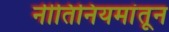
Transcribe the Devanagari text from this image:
नीतिनियमांतून